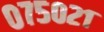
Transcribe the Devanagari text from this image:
०७५०२१